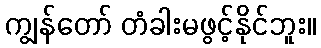
ကျွန်တော် တံခါးမဖွင့်နိုင်ဘူး။